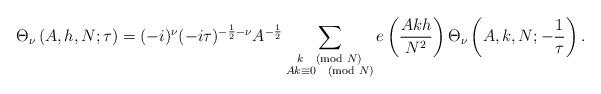
LaTeX: \begin{align*}\Theta_\nu\left(A,h,N;\tau\right)=(-i)^\nu (-i\tau)^{-\frac12-\nu }A^{-\frac12}\sum_{\substack{k\pmod{N} \\ Ak\equiv 0 \pmod{N}}}e\left(\frac{Akh}{N^2}\right)\Theta_\nu \left(A,k,N;-\frac{1}{\tau}\right).\end{align*}